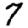
Digit: 7